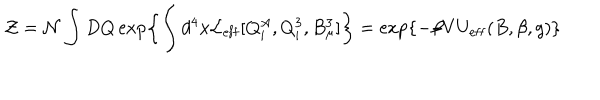
{ \cal Z } = { \cal N } \int D Q \exp \left\{ \int d ^ { 4 } x { \cal L } _ { \mathrm { e f f } } [ Q _ { i } ^ { A } , Q _ { i } ^ { 3 } , B _ { \mu } ^ { 3 } ] \right\} = \exp \left\{ - \beta V U _ { \mathrm { e f f } } ( B , \beta , g ) \right\}